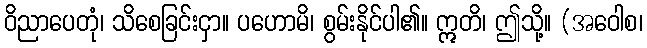
ဝိညာပေတုံ၊ သိစေခြင်းငှာ။ ပဟောမိ၊ စွမ်းနိုင်ပါ၏။ ဣတိ၊ ဤသို့။ (အဝေါစ၊